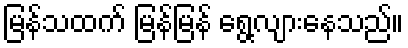
မြန်သထက် မြန်မြန် ရွေ့လျားနေသည်။